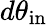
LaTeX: d\theta_{\mathrm{in}}